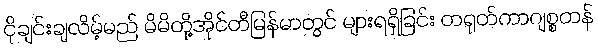
ငိုချင်းချလိမ့်မည် မိမိတို့အိုင်တီမြန်မာတွင် များရရှိခြင်း တရုတ်ကာဂျစ္စတန်